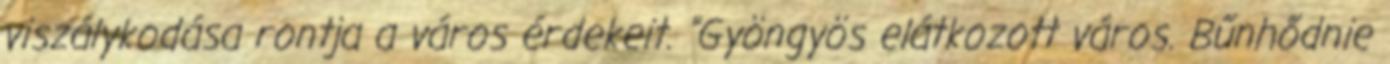
viszálykodása rontja a város érdekeit. "Gyöngyös elátkozott város. Bűnhődnie